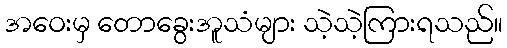
အဝေးမှ တောခွေးအူသံများ သဲ့သဲ့ကြားရသည်။